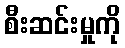
စီးဆင်းမှုကို